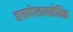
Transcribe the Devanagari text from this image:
हायपोग्लायसेमिक